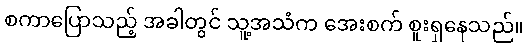
စကာပြောသည့် အခါတွင် သူ့အသံက အေးစက် စူးရှနေသည်။